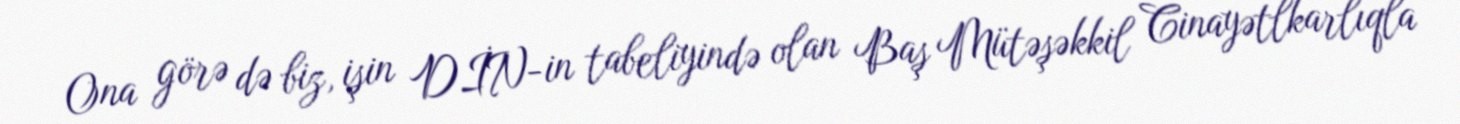
Ona görə də biz, işin DİN-in tabeliyində olan Baş Mütəşəkkil Cinayətlkarlıqla